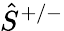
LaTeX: \hat{S}^{+/-}